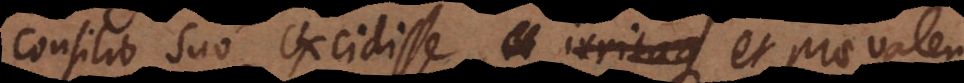
consilio suo excidisse, et irritaque et praevalen